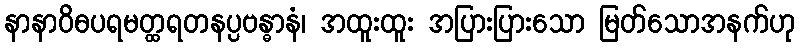
နာနာဝိဓပရမတ္ထရတနပ္ပဗန္ဓာနံ၊ အထူးထူး အပြားပြားသော မြတ်သောအနက်ဟု